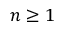
n \ge 1